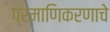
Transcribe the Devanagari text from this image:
प्रमाणिकरणाचे